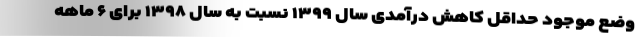
وضع موجود حداقل کاهش درآمدی سال ۱۳۹۹ نسبت به سال ۱۳۹۸ برای ۶ ماهه